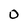
Character: 0